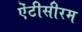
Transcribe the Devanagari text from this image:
ऐंटीसीरम